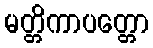
မတ္တိကာပတ္တော